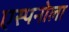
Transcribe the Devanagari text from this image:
एस्पनोला